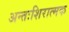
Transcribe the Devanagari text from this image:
अन्तःशिरात्मक